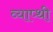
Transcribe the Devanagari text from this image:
व्याप्थी